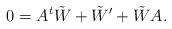
LaTeX: \begin{align*}0=A^t\tilde{W}+\tilde{W}'+\tilde{W}A.\end{align*}